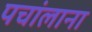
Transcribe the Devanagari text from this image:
पचांलाना